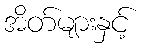
အိတ်များနှင့်